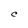
Character: C